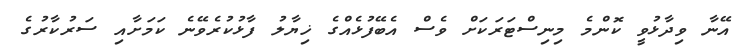
އޭނާ ވިދާޅުވީ ކޮންމެ މިނިސްޓަރަކަށް ވެސް އެބޭފުޅެއްގެ ޚިޔާލު ފާޅުކުރެވޭނެ ކަމަށާއި ސަރުކާރުގެ